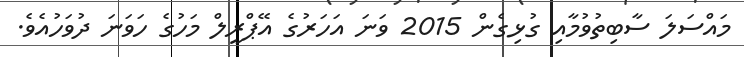
މައްސަލަ ސާބިތުވުމާއި ގުޅިގެން 2015 ވަނަ އަހަރުގެ އޭޕްރީލް މަހުގެ ހަވަނަ ދުވަހުއެވެ.